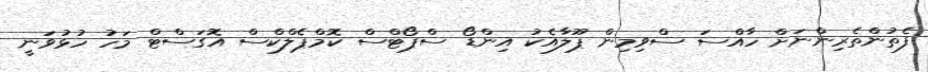
ފެތުންތެރިންނަށް ހާއްސަ ސްވިމިން ޕޫލާއެކު އިންޑޯ ސްޕޯޓްސް ކޮމްޕެލްކްސް އޮގަސްޓް މަހު ހުޅުވަނީ